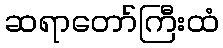
ဆရာတော်ကြီးထံ